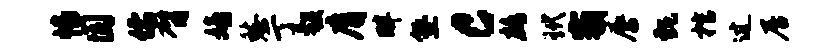
幡圆儒臂嬉愁亍彀膺畔塾c鹧玳霸唇甄棺过居